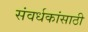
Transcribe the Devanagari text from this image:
संवर्धकांसाठी